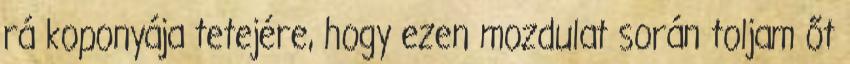
rá koponyája tetejére, hogy ezen mozdulat során toljam őt